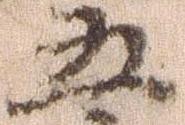
五